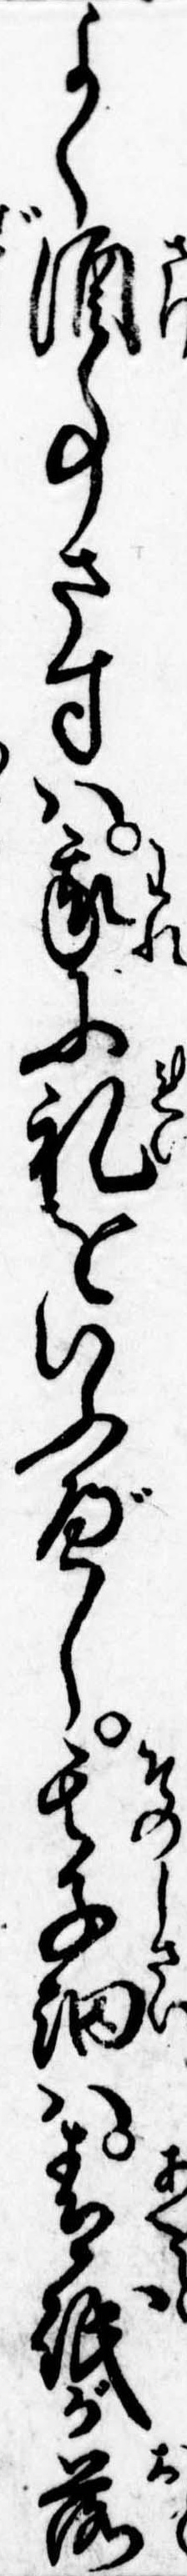
よく酒事さすは我に礼をいふべし其子細は青砥が落